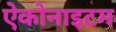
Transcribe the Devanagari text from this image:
ऐकोनाइटम